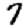
Digit: 7